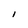
Character: l